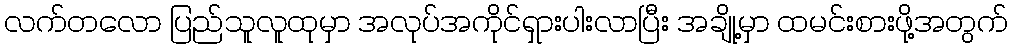
လက်တလော ပြည်သူလူထုမှာ အလုပ်အကိုင်ရှားပါးလာပြီး အချို့မှာ ထမင်းစားဖို့အတွက်